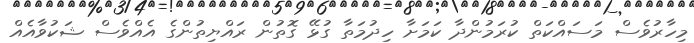
މިހާރުވެސް މަސައްކަތް ކުރަމުންދާ ކަމަށާ ހިދުމަތާ ގުޅޭ ގޮތުން ރައްޔިތުންގެ އެއްވެސް ޝަކުވާއެއް